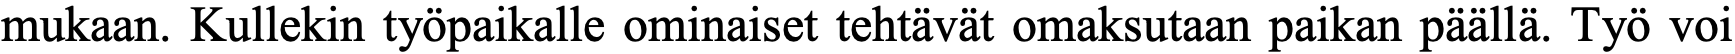
mukaan. Kullekin työpaikalle ominaiset tehtävät omaksutaan paikan päällä. Työ voi